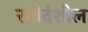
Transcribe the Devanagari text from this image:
संवेदंशील